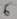
Text: 6